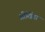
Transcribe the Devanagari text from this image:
श्रीखिंडा